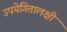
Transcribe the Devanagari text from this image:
उपयेगितालक्षी